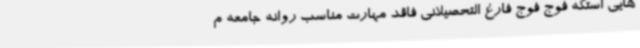
هایی استکه فوج فوج فارغ التحصیلانی فاقد مهارت مناسب روانه جامعه م